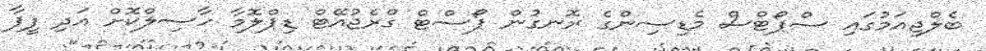
ބެލްޖިއަމުގައި ސްޕޯޓްސް މެޑިސިންގެ ރޮނގުން ޕޯސްޓް ގްރެޖުއޭޓް ޑިޕްލޮމާ ހާސިލްކޮށް އަދި ފީފާ